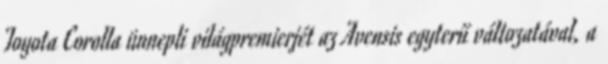
Toyota Corolla ünnepli világpremierjét az Avensis egyterű változatával, a